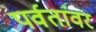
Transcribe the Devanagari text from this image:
पर्वतांवर